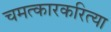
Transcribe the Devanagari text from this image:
चमत्कारकरित्या